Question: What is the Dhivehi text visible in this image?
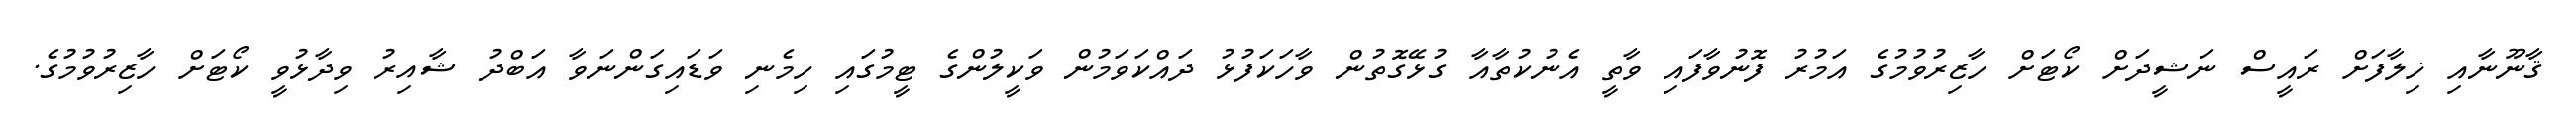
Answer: ޤާނޫނާއި ޚިލާފަށް ރައީސް ނަޝީދަށް ކޯޓަށް ހާޒިރުވުމުގެ އަމުރު ފޮނުވާފައި ވާތީ އެނުކުތާއާ ގުޅޭގޮތުން ވާހަކަފުޅު ދައްކަވަމުން ވަކީލުންގެ ޓީމުގައި ހިމެނި ވަޑައިގަންނަވާ އަބްދު ޝާއިރު ވިދާޅުވީ ކޯޓަށް ހާޒިރުވުމުގެ.